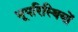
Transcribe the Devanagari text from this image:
भूपरिस्थियों